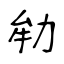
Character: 劺